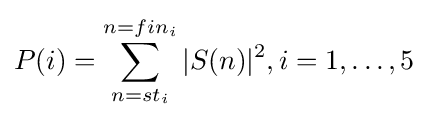
P(i)=\sum _{n=st_{i}}^{n=fin_{i}}|S(n)|^{2},i=1,\dots ,5